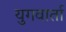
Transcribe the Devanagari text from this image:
युगवार्ता